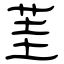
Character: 茥